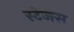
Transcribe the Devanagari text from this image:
स्टेजस